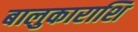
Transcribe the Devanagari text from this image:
बालुकाराशि